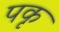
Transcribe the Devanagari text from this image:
पकृ